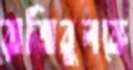
রাজিবুলকে